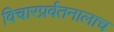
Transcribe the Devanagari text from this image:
विचारप्रर्वतनालाच